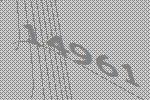
14961